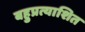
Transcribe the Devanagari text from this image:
बहुप्रत्याशित